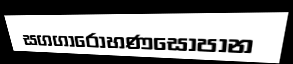
සගගාරොහණසොපාන